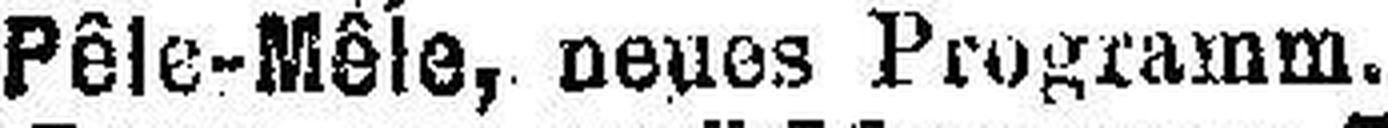
Pêle-Mêle, neues Programm.